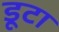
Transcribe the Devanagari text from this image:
डूटा